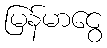
မြန်မာငွေ